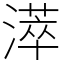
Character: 㵏